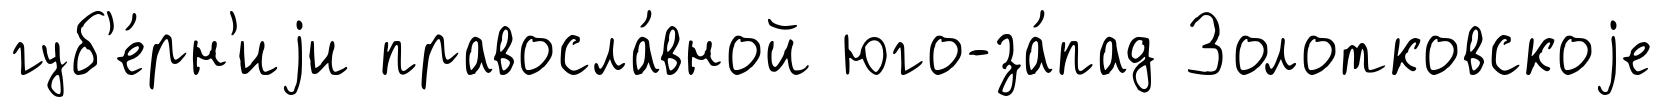
губ'е́рн'иjи правосла́вной юго-за́пад Золотковскоjе